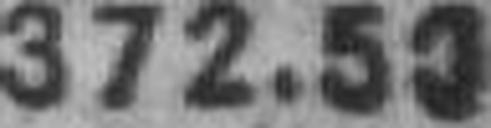
372.50